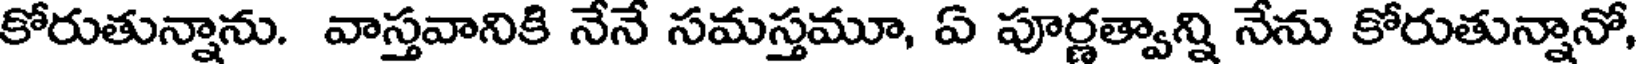
కోరుతున్నాను. వాస్తవానికి నేనే సమస్తమూ, ఏ పూర్ణత్వాన్ని నేను కోరుతున్నానో,